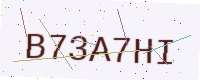
Text: B73A7HI